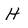
Character: H